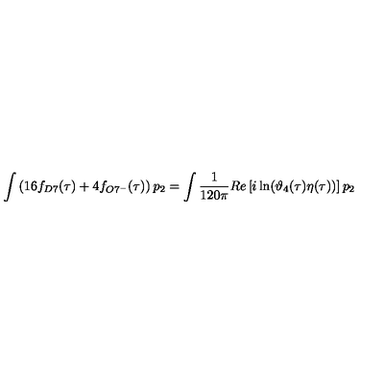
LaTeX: \int \left( 1 6 f _ { D 7 } ( \tau ) + 4 f _ { O 7 ^ { - } } ( \tau ) \right) p _ { 2 } = \int \frac { 1 } { 1 2 0 \pi } R e \left[ i \ln ( \vartheta _ { 4 } ( \tau ) \eta ( \tau ) ) \right] p _ { 2 }